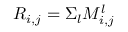
R _ { i , j } = \Sigma _ { l } M _ { i , j } ^ { l }